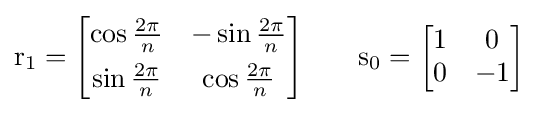
\mathrm {r} _{1}={\begin{bmatrix}\cos {2\pi  \over n}&-\sin {2\pi  \over n}\\[4pt]\sin {2\pi  \over n}&\cos {2\pi  \over n}\end{bmatrix}}\qquad \mathrm {s} _{0}={\begin{bmatrix}1&0\\0&-1\end{bmatrix}}